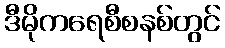
ဒီမိုကရေစီစနစ်တွင်